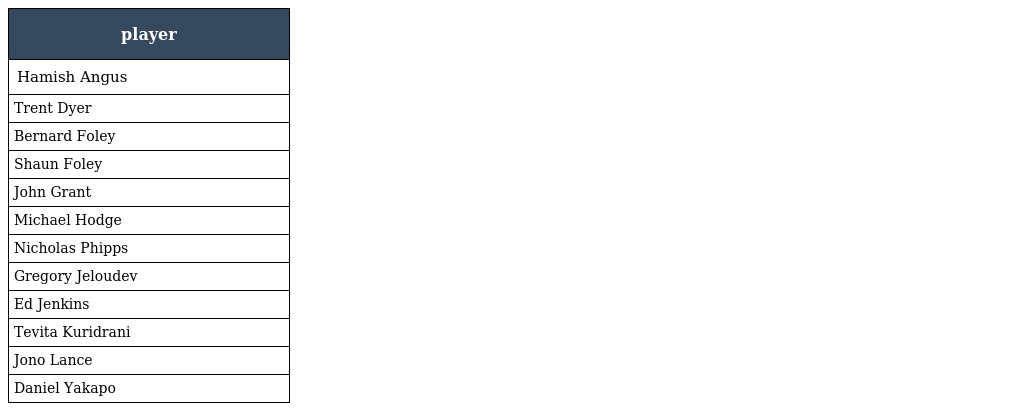
| player |
 | --- |
 | Hamish Angus |
 | Trent Dyer |
 | Bernard Foley |
 | Shaun Foley |
 | John Grant |
 | Michael Hodge |
 | Nicholas Phipps |
 | Gregory Jeloudev |
 | Ed Jenkins |
 | Tevita Kuridrani |
 | Jono Lance |
 | Daniel Yakapo |